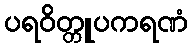
ပရဝိတ္တူပကရဏံ